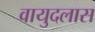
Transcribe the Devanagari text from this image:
वायुदलास